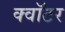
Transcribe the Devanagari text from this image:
क्वॉटर